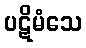
ပဋိမံသေ